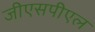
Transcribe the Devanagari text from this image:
जीएसपीएल